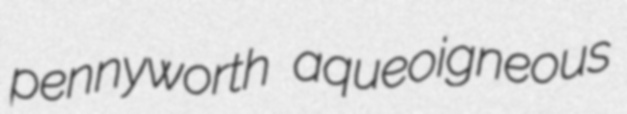
pennyworth aqueoigneous